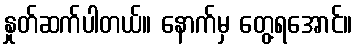
နှုတ်ဆက်ပါတယ်။ နောက်မှ တွေ့ရအောင်။